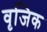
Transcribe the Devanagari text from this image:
वृजिक